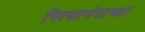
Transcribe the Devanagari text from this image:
नित्यानंदाच्या